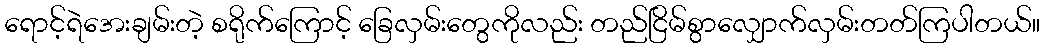
ရောင့်ရဲအေးချမ်းတဲ့ စရိုက်ကြောင့် ခြေလှမ်းတွေကိုလည်း တည်ငြိမ်စွာလျှောက်လှမ်းတတ်ကြပါတယ်။